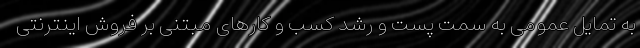
به تمایل عمومی به سمت پست و رشد کسب و کارهای مبتنی بر فروش اینترنتی